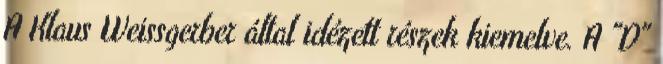
A Klaus Weissgerber által idézett részek kiemelve. A "D"